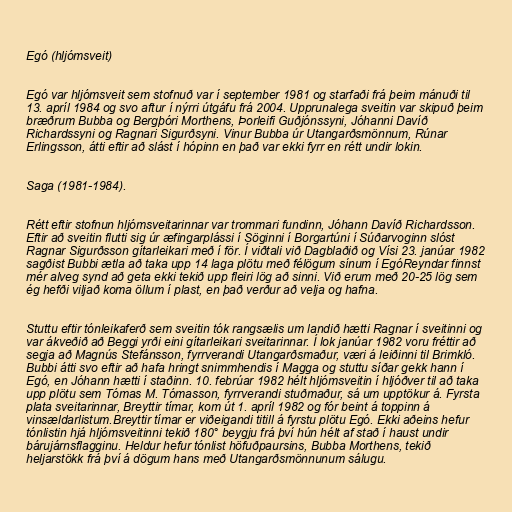
Egó (hljómsveit)

Egó var hljómsveit sem stofnuð var í september 1981 og starfaði frá þeim mánuði til
13. apríl 1984 og svo aftur í nýrri útgáfu frá 2004. Upprunalega sveitin var skipuð þeim
bræðrum Bubba og Bergþóri Morthens, Þorleifi Guðjónssyni, Jóhanni Davíð
Richardssyni og Ragnari Sigurðsyni. Vinur Bubba úr Utangarðsmönnum, Rúnar
Erlingsson, átti eftir að slást í hópinn en það var ekki fyrr en rétt undir lokin.

Saga (1981-1984).

Rétt eftir stofnun hljómsveitarinnar var trommari fundinn, Jóhann Davíð Richardsson.
Eftir að sveitin flutti sig úr æfingarplássi í Söginni í Borgartúni í Súðarvoginn slóst
Ragnar Sigurðsson gítarleikari með í för. Í viðtali við Dagblaðið og Vísi 23. janúar 1982
sagðist Bubbi ætla að taka upp 14 laga plötu með félögum sínum í EgóReyndar finnst
mér alveg synd að geta ekki tekið upp fleiri lög að sinni. Við erum með 20-25 lög sem
ég hefði viljað koma öllum í plast, en það verður að velja og hafna.

Stuttu eftir tónleikaferð sem sveitin tók rangsælis um landið hætti Ragnar í sveitinni og
var ákveðið að Beggi yrði eini gítarleikari sveitarinnar. Í lok janúar 1982 voru fréttir að
segja að Magnús Stefánsson, fyrrverandi Utangarðsmaður, væri á leiðinni til Brimkló.
Bubbi átti svo eftir að hafa hringt snimmhendis í Magga og stuttu síðar gekk hann í
Egó, en Jóhann hætti í staðinn. 10. febrúar 1982 hélt hljómsveitin í hljóðver til að taka
upp plötu sem Tómas M. Tómasson, fyrrverandi stuðmaður, sá um upptökur á. Fyrsta
plata sveitarinnar, Breyttir tímar, kom út 1. apríl 1982 og fór beint á toppinn á
vinsældarlistum.Breyttir tímar er viðeigandi titill á fyrstu plötu Egó. Ekki aðeins hefur
tónlistin hjá hljómsveitinni tekið 180° beygju frá því hún hélt af stað í haust undir
bárujárnsflagginu. Heldur hefur tónlist höfuðpaursins, Bubba Morthens, tekið
heljarstökk frá því á dögum hans með Utangarðsmönnunum sálugu.